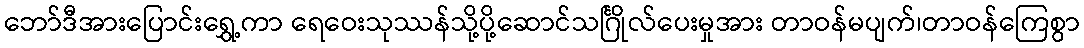
ဘော်ဒီအားပြောင်းရွှေ့ကာ ရေဝေးသုဿန်သို့ပို့ဆောင်သင်္ဂြိုလ်ပေးမှုအား တာဝန်မပျက်၊တာဝန်ကြေစွာ